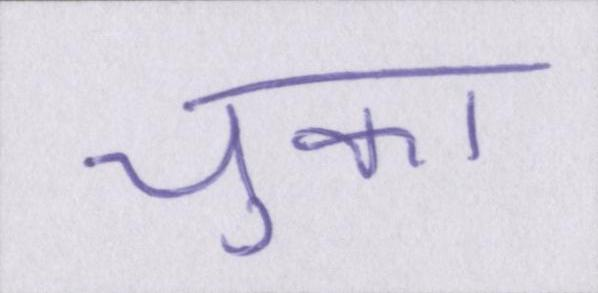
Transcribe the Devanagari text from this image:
चुका